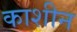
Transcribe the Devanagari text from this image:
काशीन